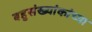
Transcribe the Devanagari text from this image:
बहुसंख्यांकांच्या